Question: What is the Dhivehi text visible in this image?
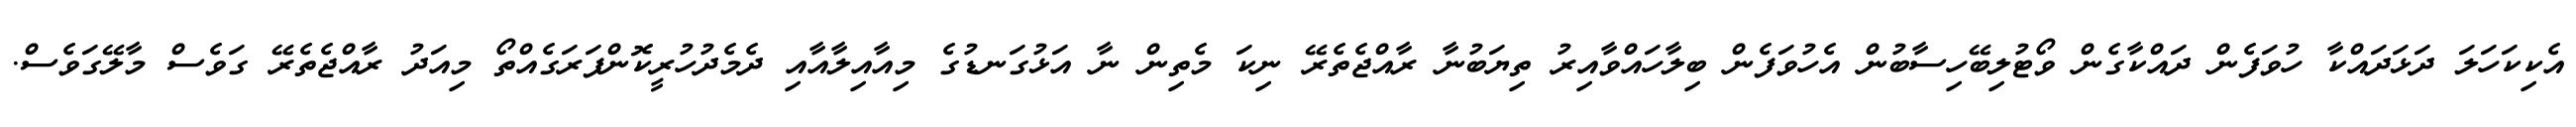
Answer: އެކިކަހަލަ ދަޅަދައްކާ ހުވަފެން ދައްކާގެން ވޯޓުލިބޭހިސާބުން އެހުވަފެން ބިލާހައްވާއިރު ތިޔަބުނާ ރާއްޖެތެރޭ ނިކަ މެތިން ނާ އަޅުގަނޑުގެ މިއާއިލާއާއި ދެމެދުހުރީކޮންފަރަގެއްތޯ މިއަދު ރާއްޖެތެރޭ ގަވެސް މާލޭގަވެސް.